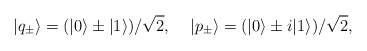
\begin{align*}|q_{\pm}\rangle =(|0\rangle \pm |1\rangle)/\sqrt{2}, \;\;\;\;|p_{\pm}\rangle =(|0\rangle \pm i|1\rangle)/\sqrt{2},\end{align*}